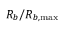
R _ { b } / R _ { b , \operatorname* { m a x } }